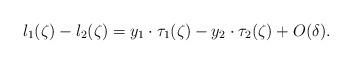
LaTeX: \begin{align*} l_1(\zeta) - l_2(\zeta) = y_1 \cdot \tau_1(\zeta) - y_2 \cdot \tau_2(\zeta) +O(\delta).\end{align*}